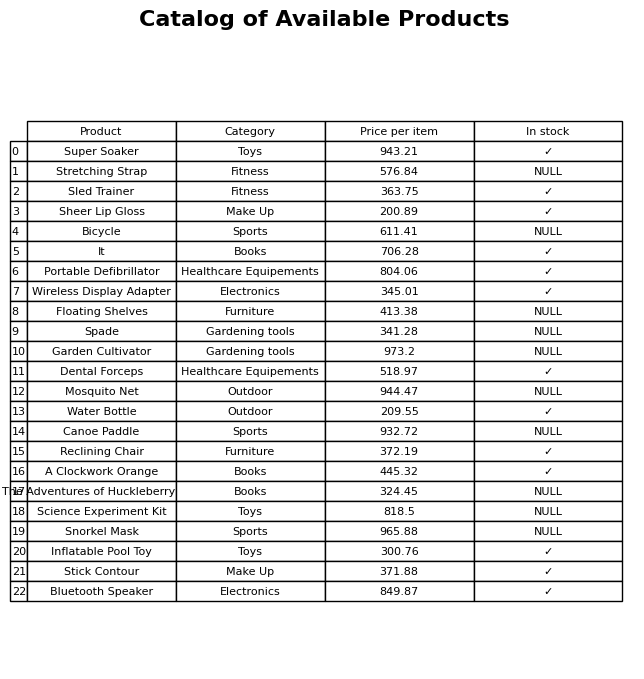
question: What is the price of the Snorkel Mask?
answer: The price of Snorkel Mask is 965.88.